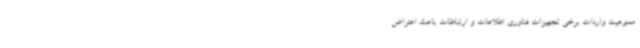
ممنوعیت واردات برخی تجهیزات فناوری اطلاعات و ارتباطات باعث اعتراض